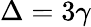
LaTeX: \Delta=3\gamma